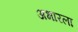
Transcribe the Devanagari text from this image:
अभारला